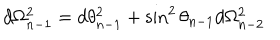
d \Omega _ { n - 1 } ^ { 2 } = d \theta _ { n - 1 } ^ { 2 } + \sin ^ { 2 } \theta _ { n - 1 } d \Omega _ { n - 2 } ^ { 2 }